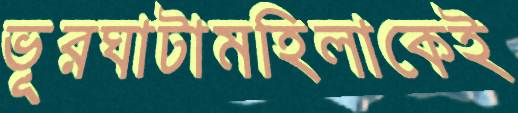
ভূরঘাটামহিলাকেই